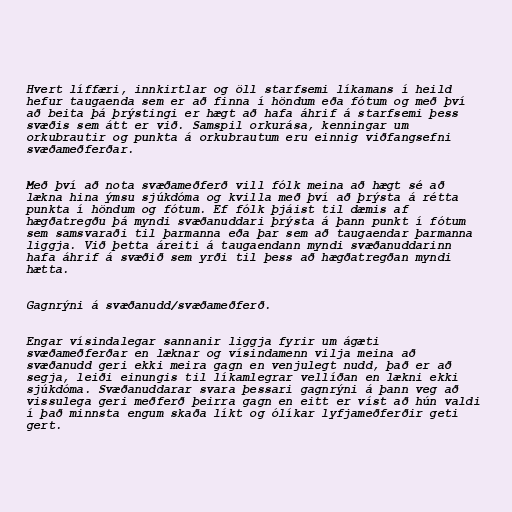
Hvert líffæri, innkirtlar og öll starfsemi líkamans í heild
hefur taugaenda sem er að finna í höndum eða fótum og með því
að beita þá þrýstingi er hægt að hafa áhrif á starfsemi þess
svæðis sem átt er við. Samspil orkurása, kenningar um
orkubrautir og punkta á orkubrautum eru einnig viðfangsefni
svæðameðferðar.

Með því að nota svæðameðferð vill fólk meina að hægt sé að
lækna hina ýmsu sjúkdóma og kvilla með því að þrýsta á rétta
punkta í höndum og fótum. Ef fólk þjáist til dæmis af
hægðatregðu þá myndi svæðanuddari þrýsta á þann punkt í fótum
sem samsvaraði til þarmanna eða þar sem að taugaendar þarmanna
liggja. Við þetta áreiti á taugaendann myndi svæðanuddarinn
hafa áhrif á svæðið sem yrði til þess að hægðatregðan myndi
hætta.

Gagnrýni á svæðanudd/svæðameðferð.

Engar vísindalegar sannanir liggja fyrir um ágæti
svæðameðferðar en læknar og vísindamenn vilja meina að
svæðanudd geri ekki meira gagn en venjulegt nudd, það er að
segja, leiði einungis til líkamlegrar vellíðan en lækni ekki
sjúkdóma. Svæðanuddarar svara þessari gagnrýni á þann veg að
vissulega geri meðferð þeirra gagn en eitt er víst að hún valdi
í það minnsta engum skaða líkt og ólíkar lyfjameðferðir geti
gert.